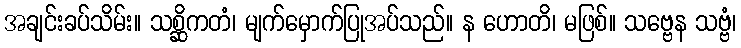
အချင်းခပ်သိမ်း။ သစ္ဆိကတံ၊ မျက်မှောက်ပြုအပ်သည်။ န ဟောတိ၊ မဖြစ်။ သဗ္ဗေန သဗ္ဗံ၊